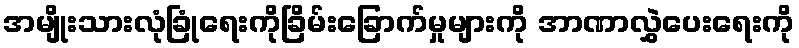
အမျိုးသားလုံခြုံရေးကိုခြိမ်းခြောက်မှုများကို အာဏာလွှဲပေးရေးကို